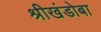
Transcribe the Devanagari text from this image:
श्रीखंडोबा